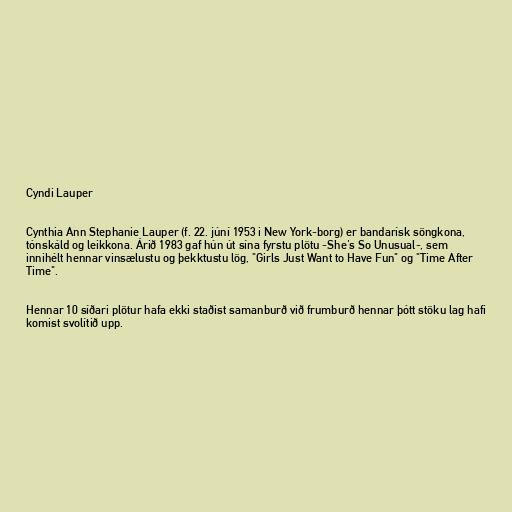
Cyndi Lauper

Cynthia Ann Stephanie Lauper (f. 22. júní 1953 i New York-borg) er bandarísk söngkona,
tónskáld og leikkona. Árið 1983 gaf hún út sína fyrstu plötu -She's So Unusual-, sem
innihélt hennar vinsælustu og þekktustu lög, "Girls Just Want to Have Fun" og "Time After
Time".

Hennar 10 síðari plötur hafa ekki staðist samanburð við frumburð hennar þótt stöku lag hafi
komist svolítið upp.